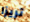
تريزا